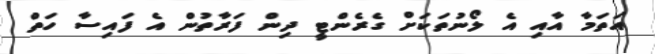
އަތަމާ އާއި އެ ލޯނުތަކަށް ގެރެންޓީ ދިން ފަރާތުން އެ ފައިސާ ހަތް